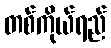
တစ်ကိုယ်ရည်